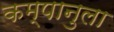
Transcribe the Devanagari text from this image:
कम्पानुला